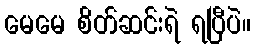
မေမေ စိတ်ဆင်းရဲ ရပြီပဲ။